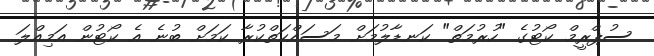
ސުޕްރީމް ކޯޓުގެ "ހުރުމަތް" ކަނޑާލުމަށް މަސައްކަތްކުރާ ކަމަށް ބުނެ އެ ކޯޓުން އަމިއްލަ